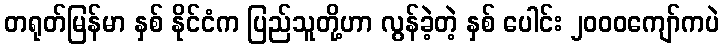
တရုတ်မြန်မာ နှစ် နိုင်ငံက ပြည်သူတို့ဟာ လွန်ခဲ့တဲ့ နှစ် ပေါင်း ၂၀၀၀ကျော်ကပဲ